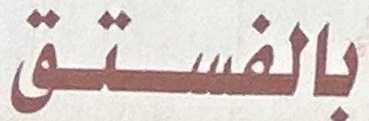
بالفستق